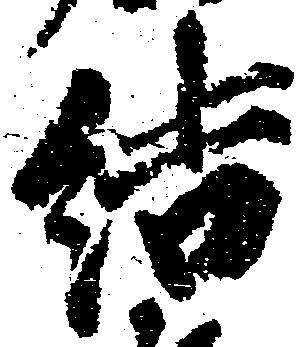
結